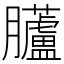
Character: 𱢼